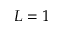
L = 1